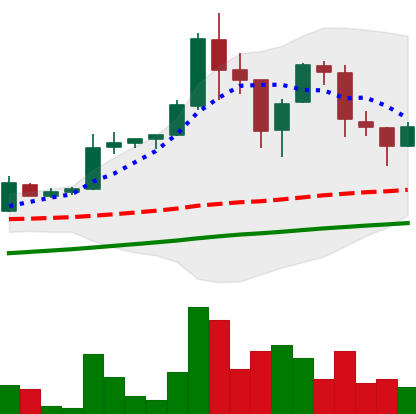
Ticker: LTC-USD
Chart end date: 2017-09-11
Forward return: -26.926%
Label: down_7plus